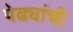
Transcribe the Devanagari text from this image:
पेढ्यांची